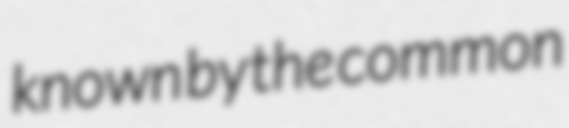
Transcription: known by the common